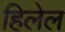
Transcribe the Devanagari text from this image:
हिलेल